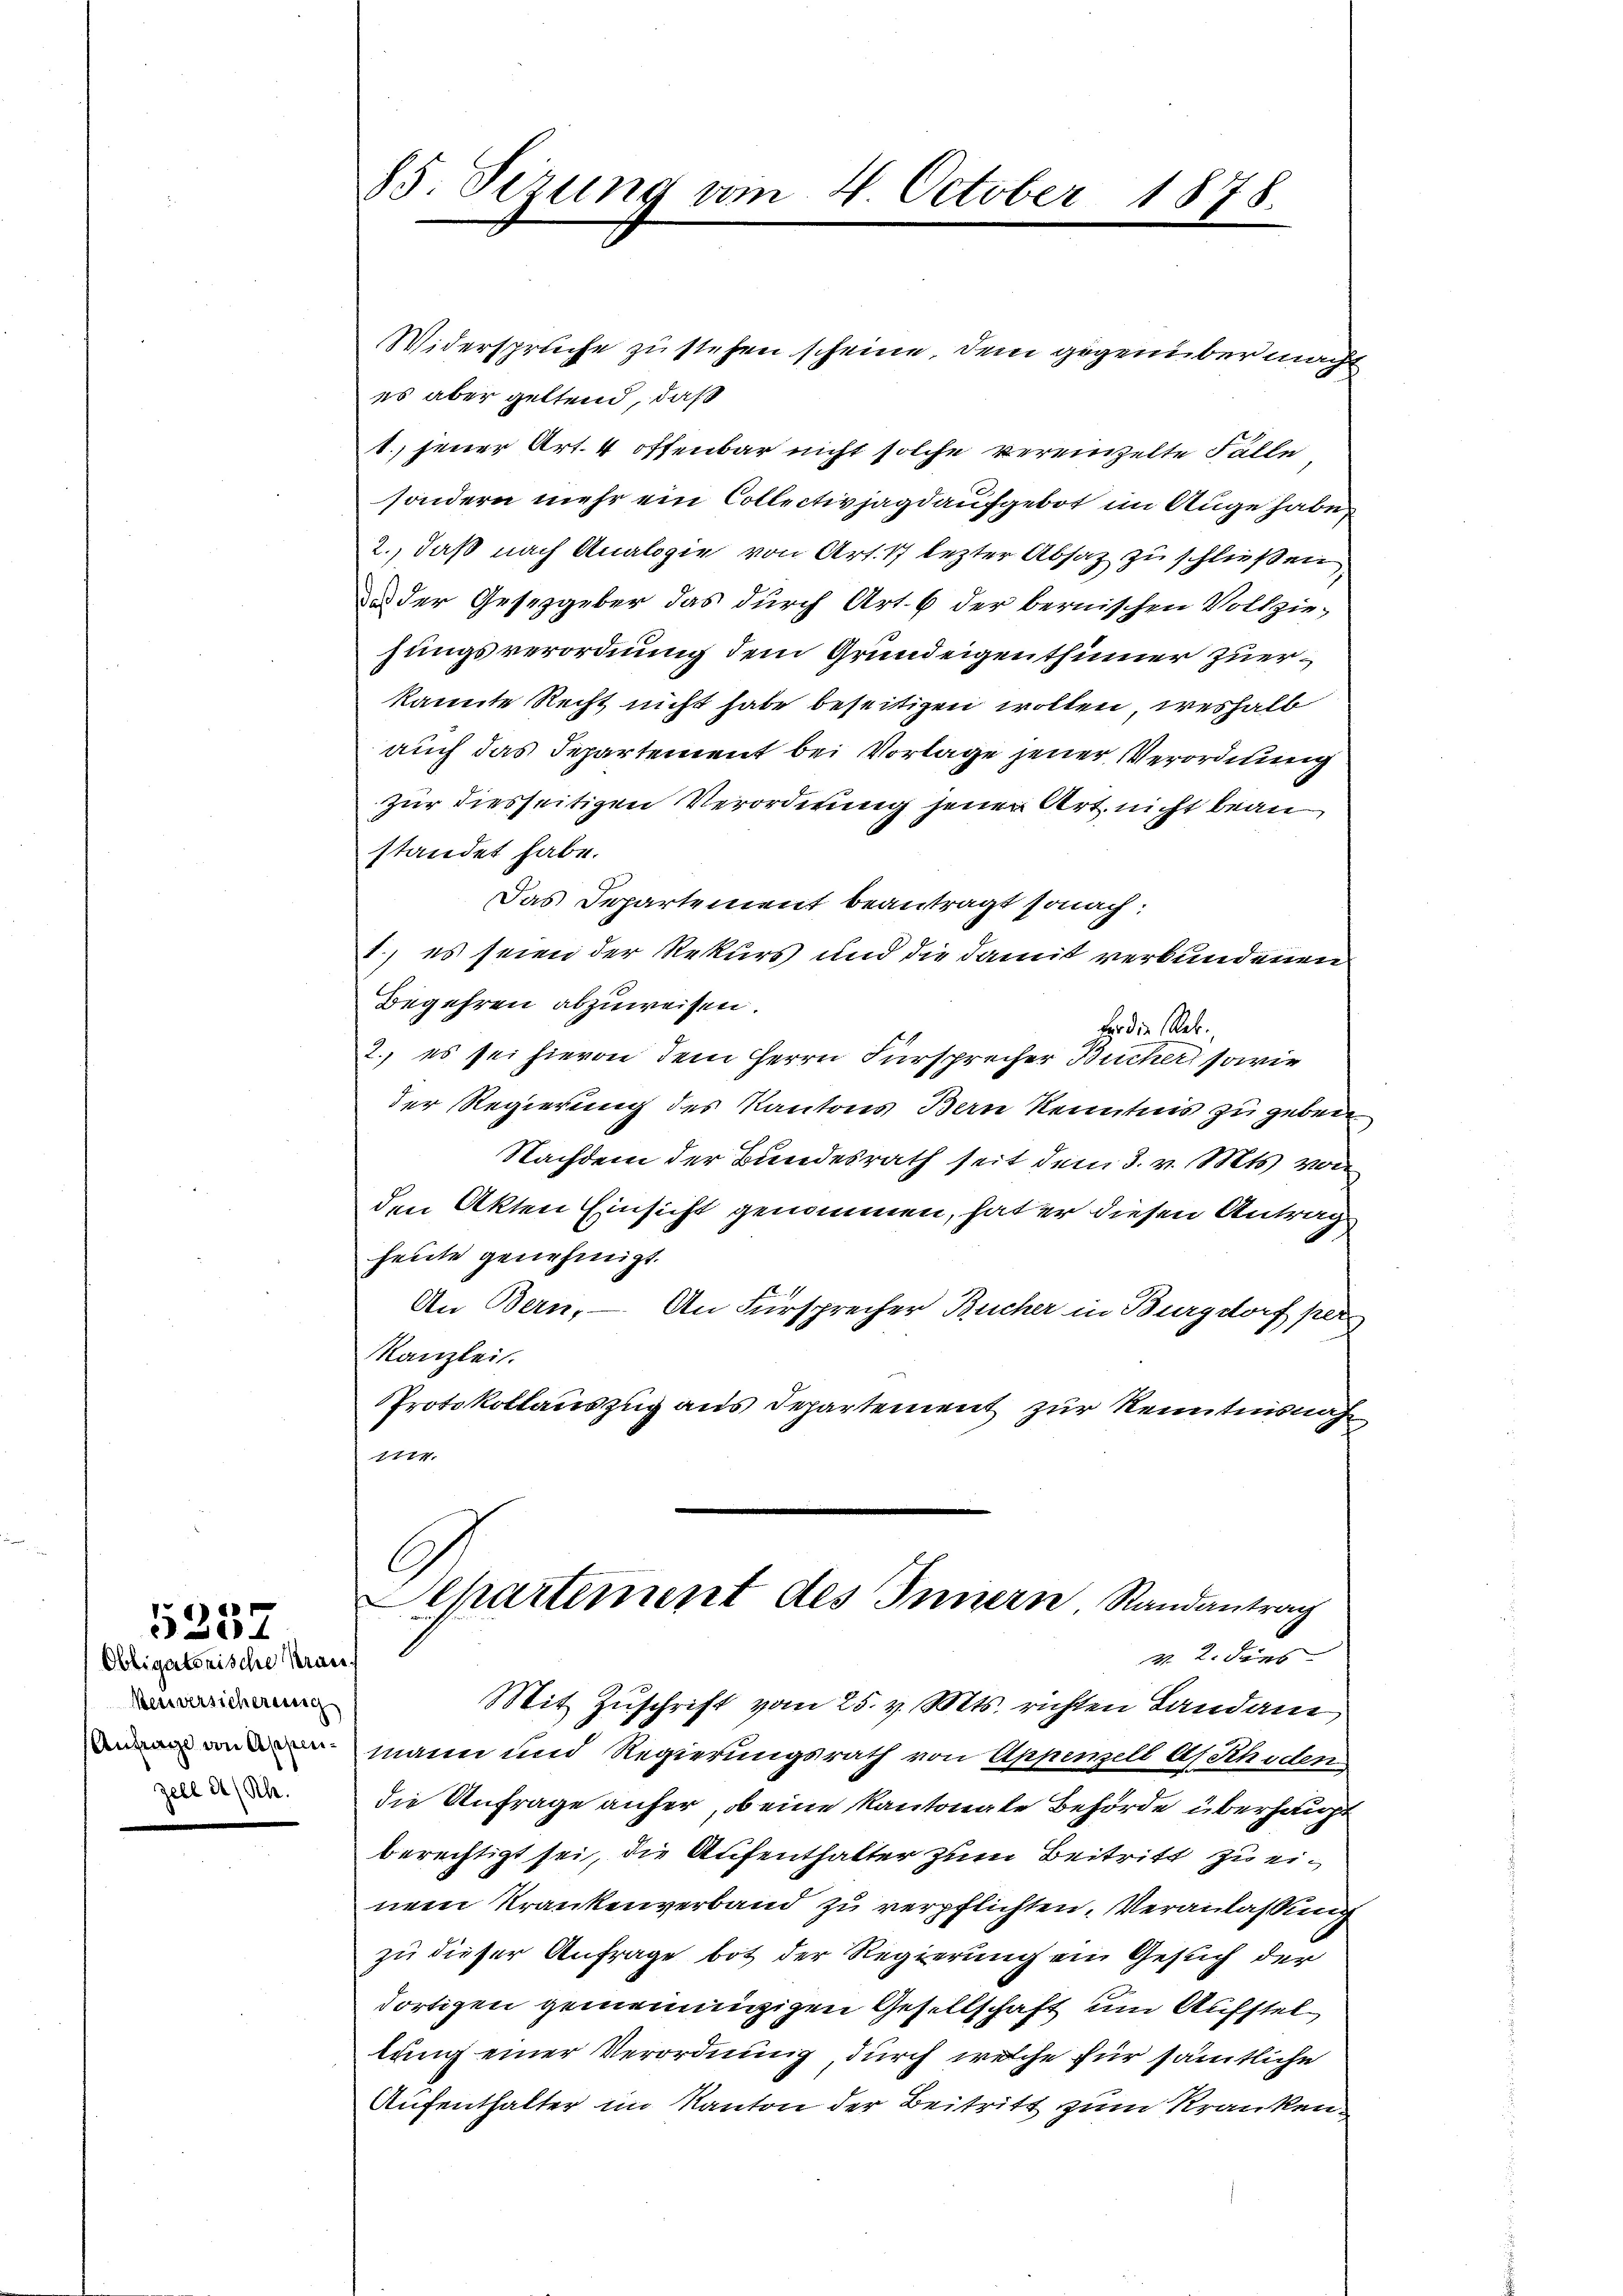
Obligatorische Kran¬
Meuversicherung
Anfrage von Appenzell a/Rh.

)
4

85. Serung am 4. October 1878.

Widerspruche zu stehen scheine, dem gegenüber macht
es aber geltend, daß
1. jener Art. 4 offenbar nicht solche vereinzelte Fälle
sondern mehr ein Collectivjagd aufgebot im Auge habe,
2., daß nach Analogie von Art. 17 lezter Absatz zu schließen,
da der Gesetzgeber das durch Art. 6 der bernischen Vollzie-
hungsverordnung dem Grundeigenthümer zuerkannte Recht nicht habe beseitigen wollen, weshalb
auch das Departement bei Vorlage jener Verordnung
zur diesseitigen Verordnung jener Art. nicht bean
standet habe.
Das Departement beantragt sonach:
1.) es seien der Rekurs und die damit verbundenen
Begehren abzuweisen.
Er die Rek
2. es sei hievon dem Herrn Fürsprecher Bucher sowie
der Regierung des Kantons Bern Kenntnis zu geben
Nachdem der Bundesrath seit dem 3. v. Mts. von
den Akten Einsicht genommen, hat er diesen Anträg
heine genehmigt.
An Bern, — An Fürsprecher Bucher in Burgdorf per
Kanzlei.
Protokollauszug aus Departement zur Kenntnisnah
1774.
Separtement des Innern Randantrag
V. 2. dans
Mit Zŭschrift vom 25. v. Mts. richten Landam
mann und Regierungsrath von Appenzell A. Schoden
die Anfrage anfer, ob eine Kantonate Behörde überhaupt
berechtigt sei, die Aufenthalter zum Beitritt zu einem Krankenverband zu verpflichten. Veranlassung
zu dieser Anfrage bot der Regierung ein Gesuch der
dortigen gemeiningigen Gesellschaft um Aufstel
lung einer Verordnung durch welche für sämmtliche
Aufenthalter im Kanton der Beitritt zum Kranken¬